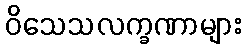
ဝိသေသလက္ခဏာများ